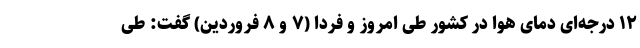
۱۲ درجه‌ای دمای هوا در کشور طی امروز و فردا (۷ و ۸ فروردین) گفت: طی